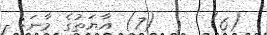
(6)     (7) އާޔަތުގެ މާނަ: